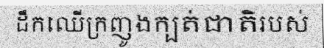
ដឹកឈើក្រញូងក្បត់ជាតិរបស់